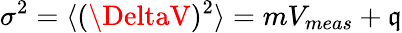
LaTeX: \sigma^{2}=\langle(\DeltaV)^{2}\rangle=mV_{meas}+\mathfrak{q}